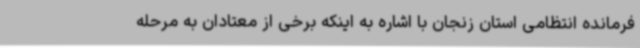
فرمانده انتظامی استان زنجان با اشاره به اینکه برخی از معتادان به مرحله